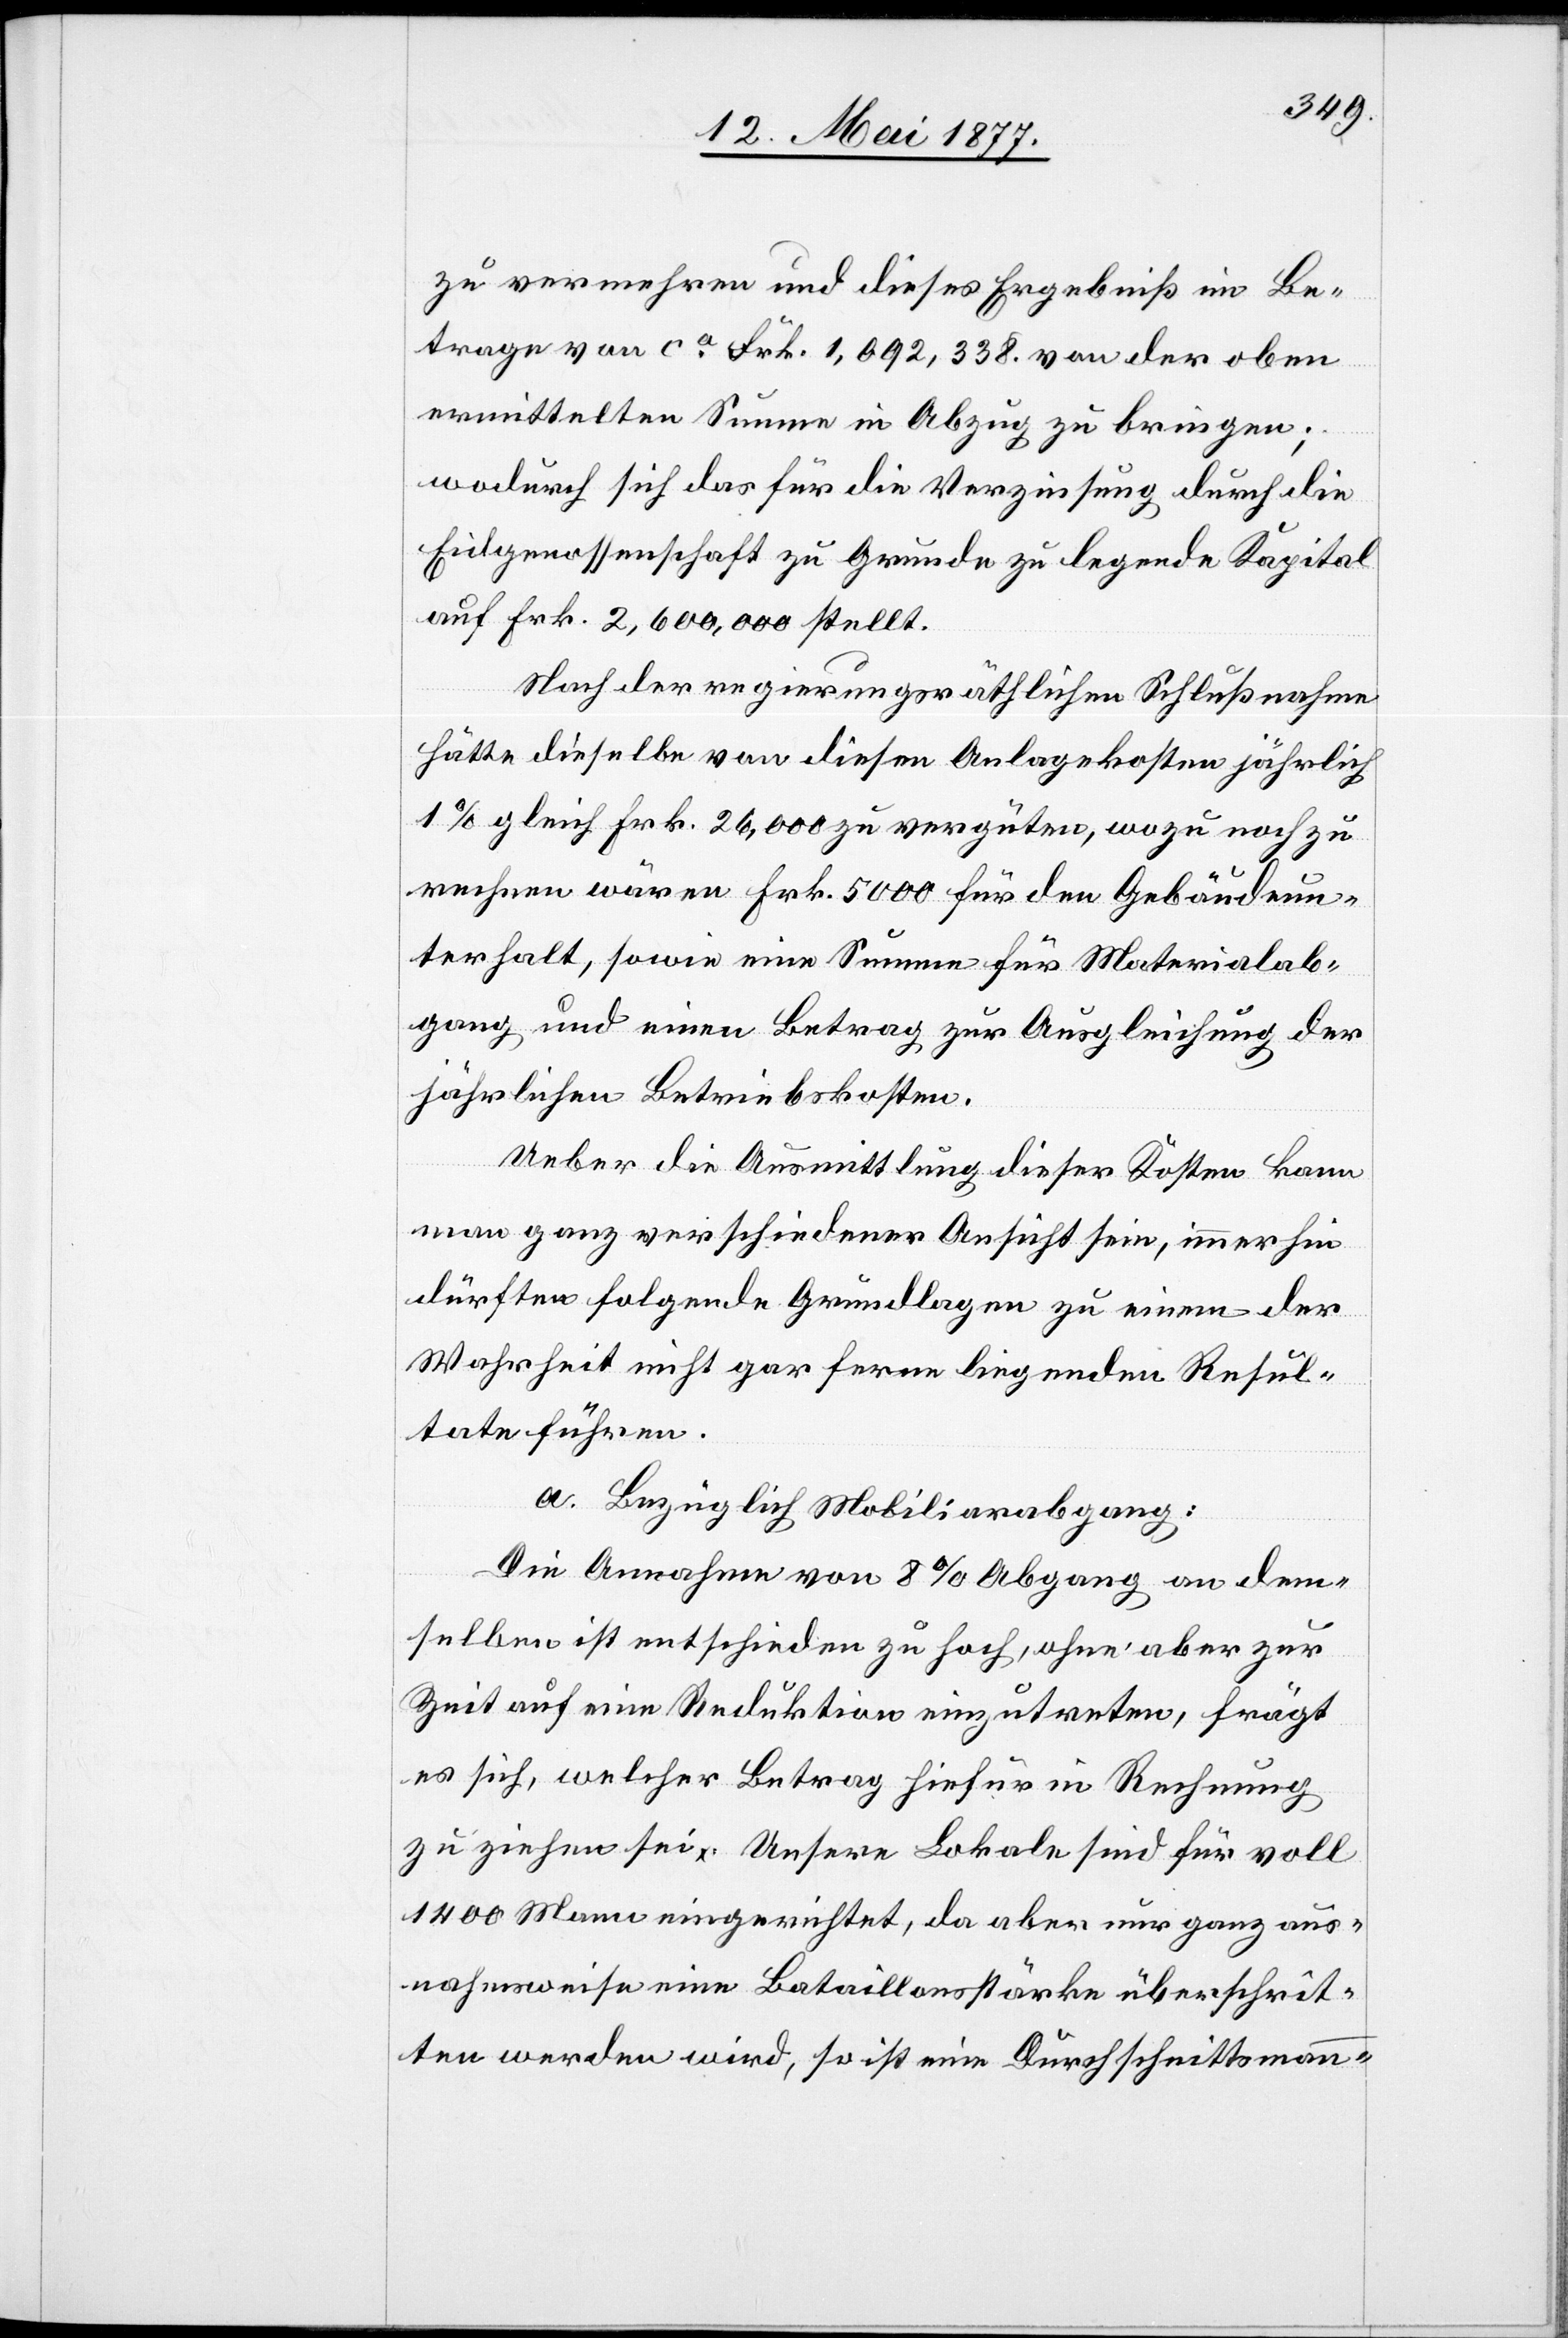
zu vermehren und dieses Ergebniß im Be¬
trage von ca Frk. 1,092,338 von der oben
ermittelten Summe in Abzug zu bringen;
wodurch sich das für die Verzinsung durch die
Eidgenossenschaft zu Grunde zu legende Kapital
auf Frk. 2,600,000 stellt.
Nach der regierungsräthlichen Schlußnahme
hätte dieselbe von diesen Anlagekosten jährlich
1% gleich Frk. 26,000 zu vergüten, wozu noch zu
rechnen wären Frk. 5000 für den Gebäudeun¬
jährlichen Betriebskosten.
Ueber die Ausmittlung dieser Kosten kann
man ganz verschiedener Ansicht sein, immerhin
dürften folgende Grundlagen zu einem der
Wahrheit nicht gar fern liegenden Resul¬
tate führen.
a. Bezüglich Mobiliarabgang:
hung der
Die Annahme von 8% Abgang an dem¬
selben ist entschieden zu hoch, ohne aber zur
Zeit auf eine Reduktion einzutreten, frägt
es sich, welcher Betrag hiefür in Rechnung
zu ziehen sei. Untere Lokale sind für voll
1400 Mann eingerichtet, da aber nur ganz aus¬
nahmsweise eine Bataillonsstärke überschrit¬
ten werden wird, so ist eine Durchschnittsmann-